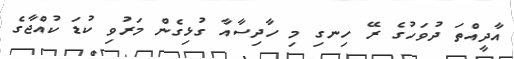
އާދީއްތަ ދުވަހުގެ ރޭ ހިނގި މި ހާދިސާއާ ގުޅިގެން މަރުވި ކުޑަ ކުއްޖާގެ